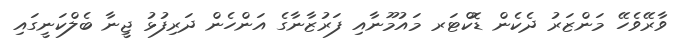
ވާރޭވެހޭ މަންޒަރު ދެކެން ޑޮކްޓަރ މައުމޫނާއި ފަރުޒާނާގެ އަންހެން ދަރިފުޅު ޖީނާ ބެލްކަނީގައި